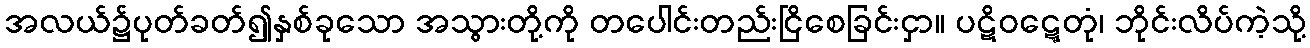
အလယ်၌ပုတ်ခတ်၍နှစ်ခုသော အသွားတို့ကို တပေါင်းတည်းငြိစေခြင်းငှာ။ ပဋိဝဋ္ဋေတုံ၊ ဘိုင်းလိပ်ကဲ့သို့